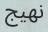
نھيج